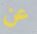
عن